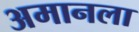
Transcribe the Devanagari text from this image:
अमानला